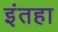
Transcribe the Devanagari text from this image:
इंतहा